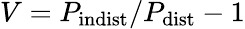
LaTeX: V=P_{\mathrm{indist}}/P_{\mathrm{dist}}-1